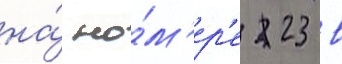
на́ но́м'ер'е 23 в